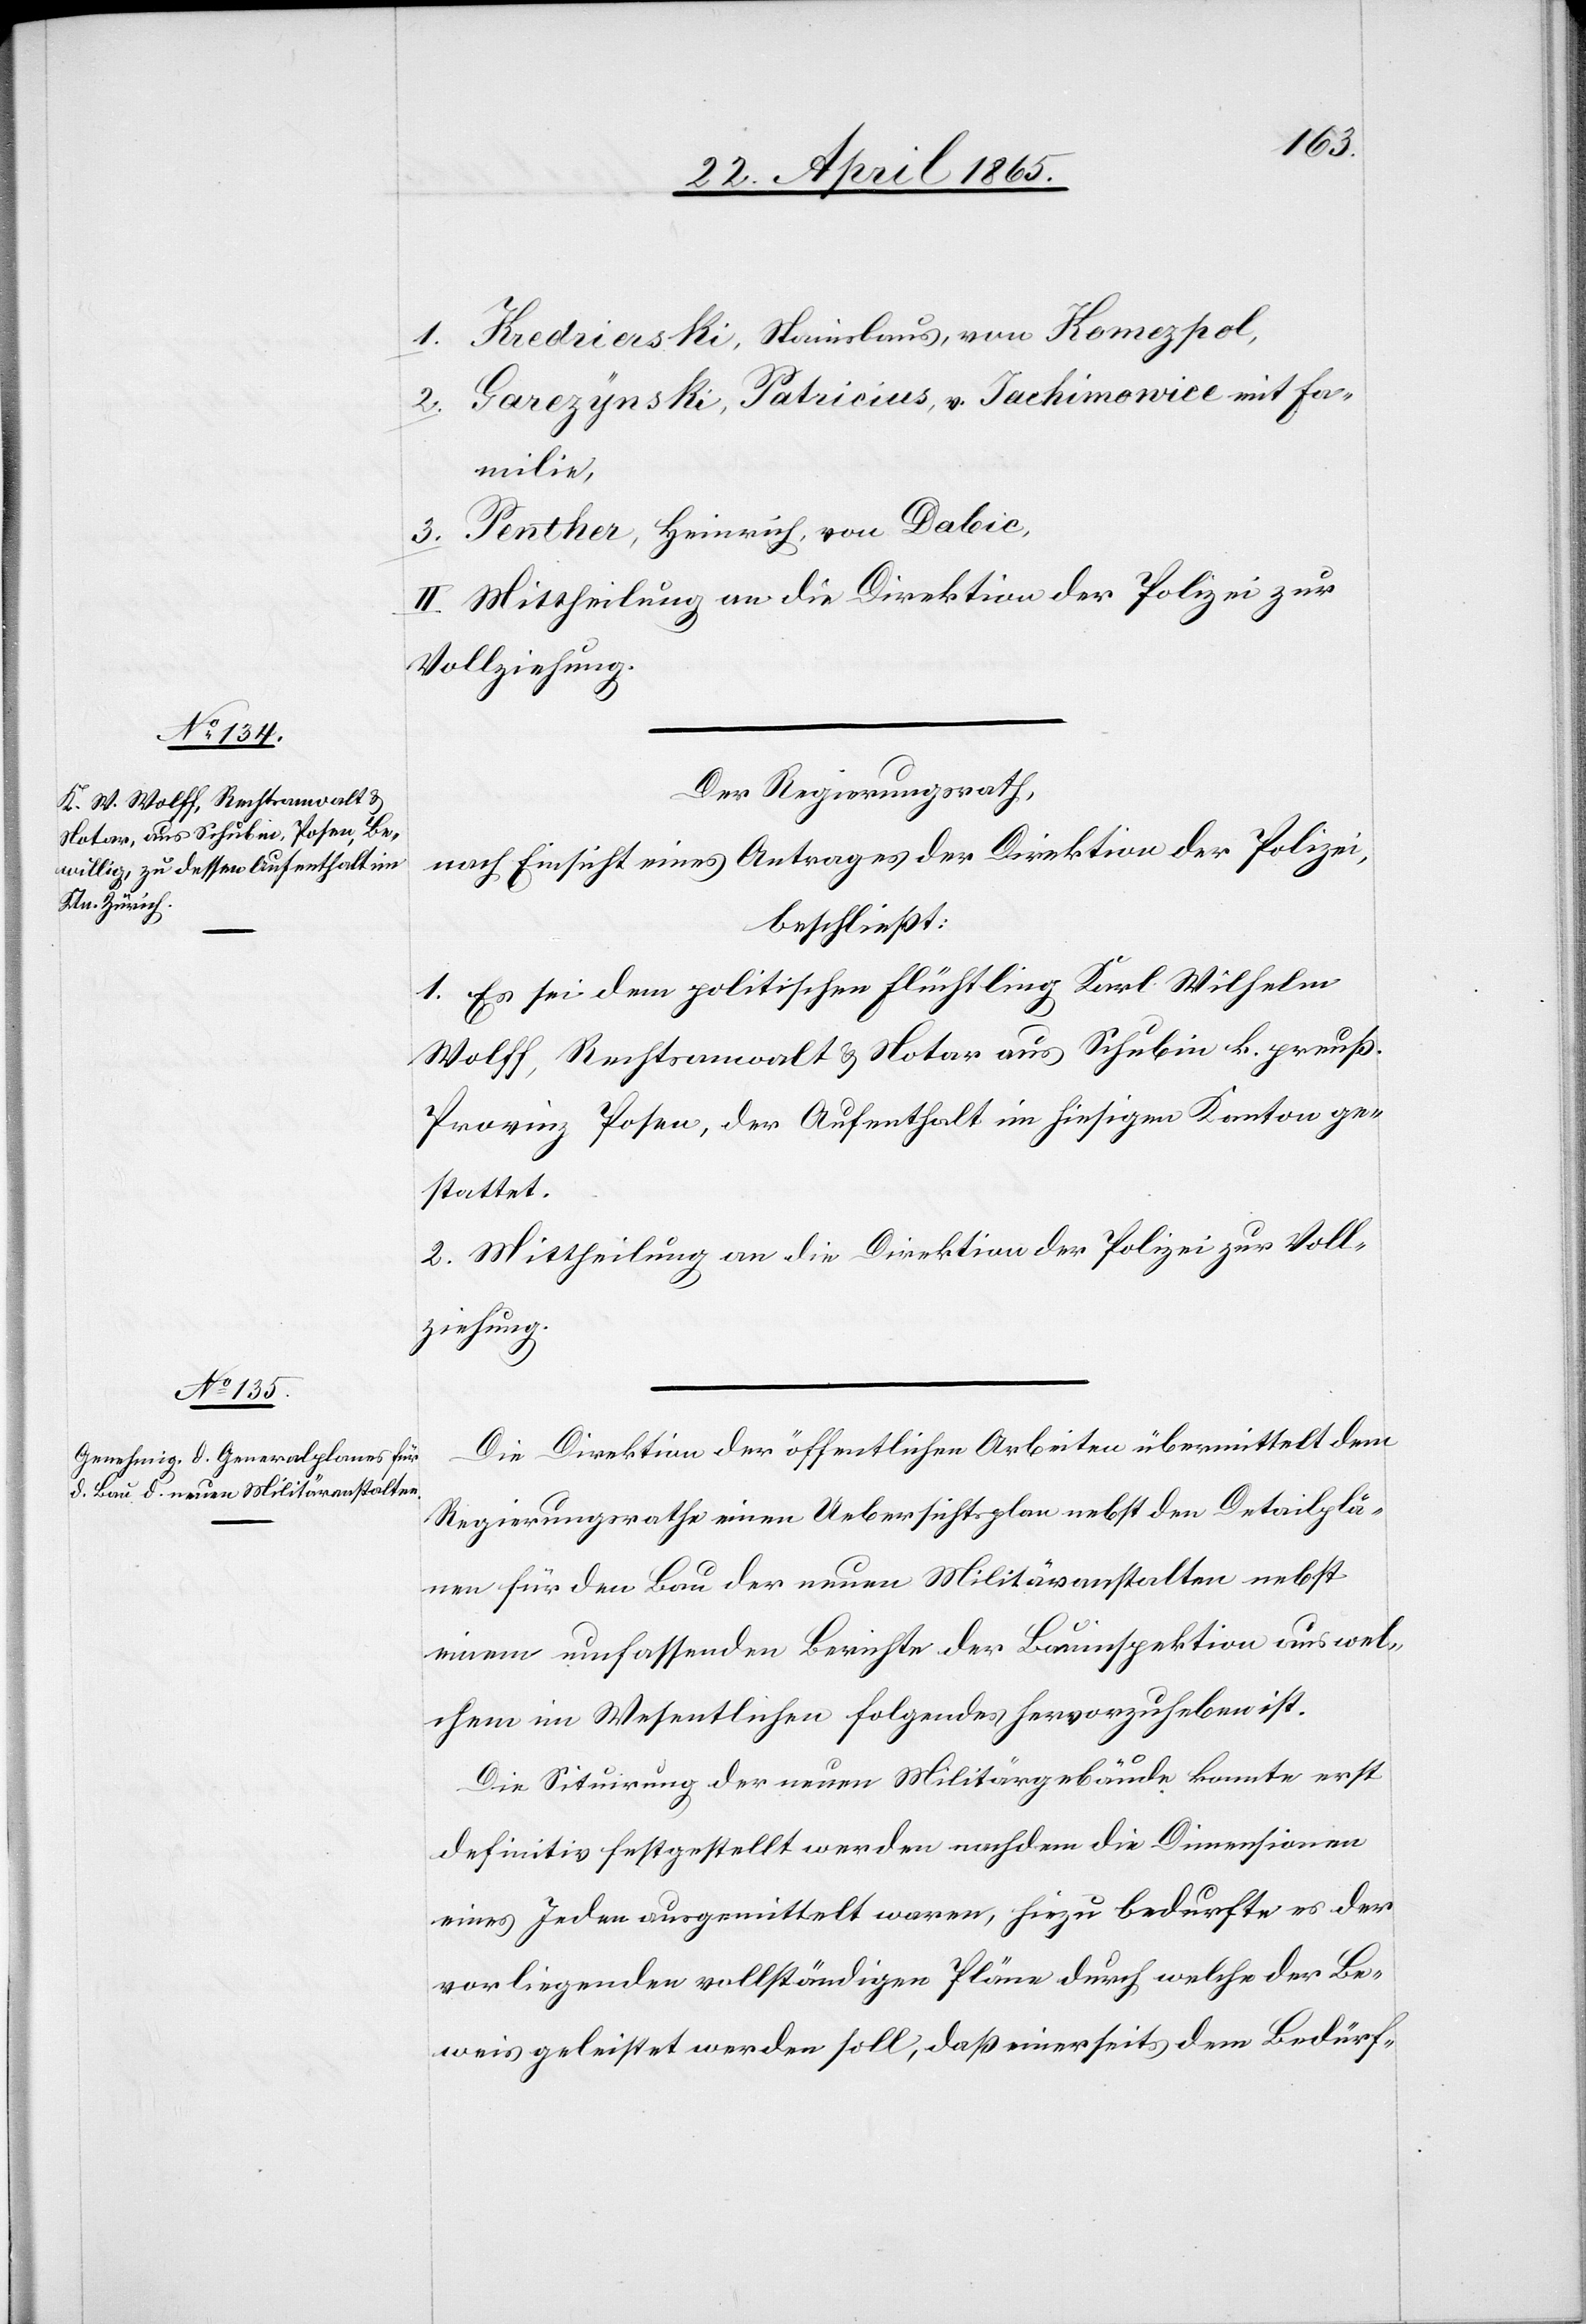
1. Kredrierski, Stanislaus, von Komezpol,
Garezynski, Patricius, v. Jachimowice mit Fa¬
2.
milie,
3. Penther, Heinrich, von Dabic,
II Mittheilung an die Direktion der Polizei zur
Vollziehung.
Der Regierungsrath,
nach Einsicht eines Antrages der Direktion der Polizei,
beschließt:
1. Es sei dem politischen Flüchtling Karl Wilhelm
Wolff, Rechtsanwalt & Notar aus Schubin k. preuß.
Provinz Posen, der Aufenthalt im hiesigen Kanton ge¬
stattet.
2. Mittheilung an die Direktion der Polizei zur Voll¬
ziehung.
Die Direktion der öffentlichen Arbeiten übermittelt dem
Regierungsrathe einen Uebersichtsplan nebst den Detailplä¬
nen für den Bau der neuen Militäranstalten nebst
einem umfassenden Berichte der Bauinspektion aus wel¬
chem im Wesentlichen folgendes hervorzuheben ist.
Die Situirung der neuen Militärgebäude konnte erst
definitiv festgestellt werden nachdem die Dimensionen
eines Jeden ausgemittelt waren, hiezu bedurfte es der
vorliegenden vollständigen Pläne durch welche der Be¬
weis geleistet werden soll, daß einerseits dem Bedürf-